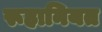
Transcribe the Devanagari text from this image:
रूहानियत